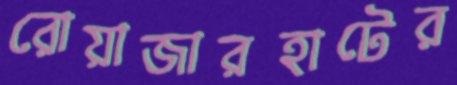
রোয়াজারহাটের